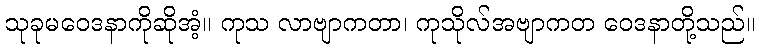
သုခုမဝေဒနာကိုဆိုအံ့။ ကုသ လာဗျာကတာ၊ ကုသိုလ်အဗျာကတ ဝေဒနာတို့သည်။